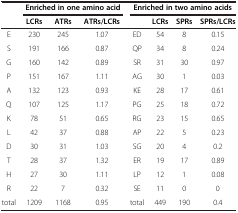
<table><thead><tr><td><b> </b></td><td colspan="3"><b>Enriched in one amino acid</b></td><td colspan="4"><b>Enriched in two amino acids</b></td></tr><tr><td><b> </b></td><td><b>LCRs</b></td><td><b>ATRs</b></td><td><b>ATRs/LCRs</b></td><td><b> </b></td><td><b>LCRs</b></td><td><b>SPRs</b></td><td><b>SPRs/LCRs</b></td></tr></thead><tbody><tr><td>E</td><td>230</td><td>245</td><td>1.07</td><td>ED</td><td>54</td><td>8</td><td>0.15</td></tr><tr><td>S</td><td>191</td><td>166</td><td>0.87</td><td>QP</td><td>34</td><td>8</td><td>0.24</td></tr><tr><td>G</td><td>160</td><td>142</td><td>0.89</td><td>SR</td><td>31</td><td>30</td><td>0.97</td></tr><tr><td>P</td><td>151</td><td>167</td><td>1.11</td><td>AG</td><td>30</td><td>1</td><td>0.03</td></tr><tr><td>A</td><td>132</td><td>123</td><td>0.93</td><td>KE</td><td>28</td><td>17</td><td>0.61</td></tr><tr><td>Q</td><td>107</td><td>125</td><td>1.17</td><td>PG</td><td>25</td><td>18</td><td>0.72</td></tr><tr><td>K</td><td>78</td><td>51</td><td>0.65</td><td>RG</td><td>23</td><td>15</td><td>0.65</td></tr><tr><td>L</td><td>42</td><td>37</td><td>0.88</td><td>AP</td><td>22</td><td>5</td><td>0.23</td></tr><tr><td>D</td><td>30</td><td>31</td><td>1.03</td><td>SG</td><td>20</td><td>4</td><td>0.2</td></tr><tr><td>T</td><td>28</td><td>37</td><td>1.32</td><td>ER</td><td>19</td><td>17</td><td>0.89</td></tr><tr><td>H</td><td>27</td><td>30</td><td>1.11</td><td>LP</td><td>12</td><td>1</td><td>0.08</td></tr><tr><td>R</td><td>22</td><td>7</td><td>0.32</td><td>SE</td><td>11</td><td>0</td><td>0</td></tr><tr><td>total</td><td>1209</td><td>1168</td><td>0.95</td><td>total</td><td>449</td><td>190</td><td>0.4</td></tr></tbody></table>